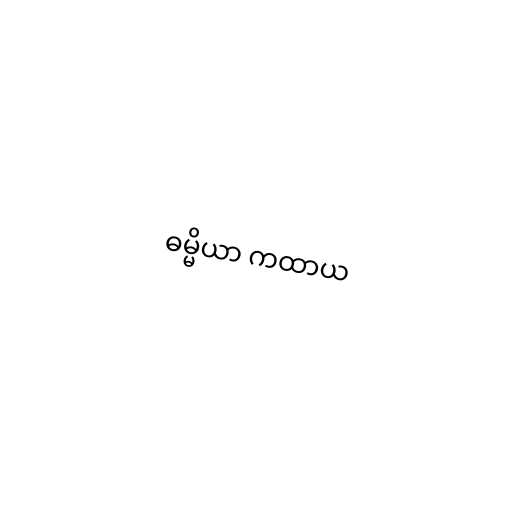
ဓမ္မိယာ ကထာယ